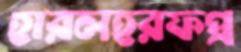
হারলহরফপ্র